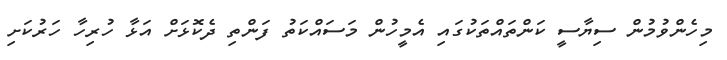
މިހެންވުމުން ސިޔާސީ ކަންތައްތަކުގައި އެމީހުން މަސައްކަތު ފަންތި ދެކޮޅަށް އަޅާ ހުރިހާ ހަރުކަށި